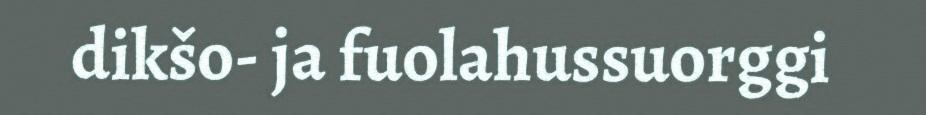
dikšo- ja fuolahussuorggi